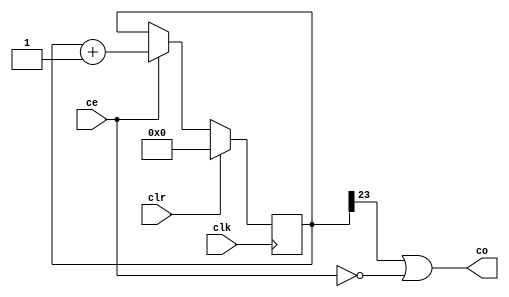
module prescaler#(parameter width = 24)(
    input ce,
    input clk,
    input clr,
    output co
);

reg [width-1:0] count;

always @(posedge clk)  begin
        if(clr)
            begin
                count <= {width{1'b0}};
            end
        else
            begin
                if (ce)  begin
                        count <= count + 1;
                    end
            end
    end

assign co = count[width-1] | ~ce;

endmodule